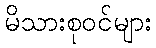
မိသားစုဝင်များ